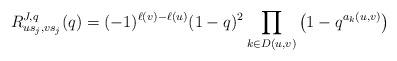
LaTeX: \begin{align*}R_{us_j,vs_j}^{J,q}(q)=(-1)^{\ell(v)-\ell(u)}(1-q)^2\prod_{k\in D(u,v)}\left(1-q^{a_k(u,v)}\right)\end{align*}